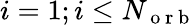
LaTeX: i=1;i\leq N_{\mathrm{~o~r~b~}}